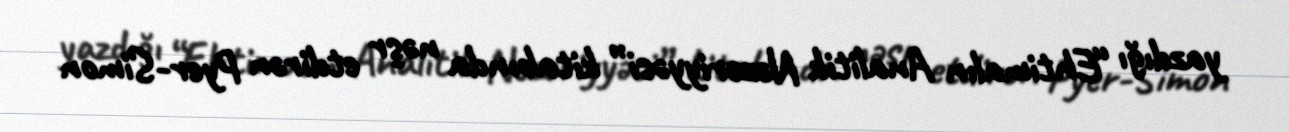
yazdığı “Ehtimalın Analitik Nəzəriyyəsi” kitabında nəşr etdirən Pyer-Simon